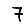
Digit: 7